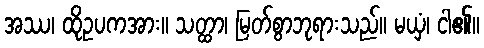
အဿ၊ ထိုဥပကအား။ သတ္ထာ၊ မြတ်စွာဘုရားသည်။ မယှံ၊ ငါ၏။